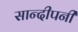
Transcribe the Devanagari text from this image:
सान्दीपनी